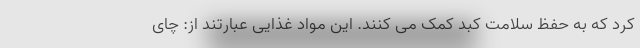
کرد که به حفظ سلامت کبد کمک می کنند. این مواد غذایی عبارتند از: چای